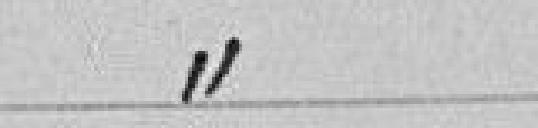
Continuation de ses études